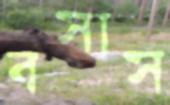
বসাস